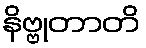
နိဗ္ဗုတာတိ